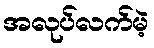
အလုပ်လက်မဲ့